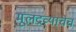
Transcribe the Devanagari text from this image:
मूलद्रव्याचेच